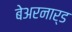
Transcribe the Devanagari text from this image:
बेअरनार्ड